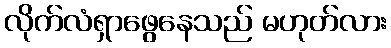
လိုက်လံရှာဖွေနေသည် မဟုတ်လား